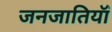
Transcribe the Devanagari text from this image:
जनजातियॉं